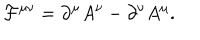
LaTeX: { \cal F } ^ { \mu \nu } = \partial ^ { \mu } A ^ { \nu } - \partial ^ { \nu } A ^ { \mu } .